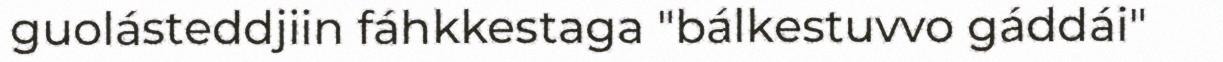
guolásteddjiin fáhkkestaga "bálkestuvvo gáddái"